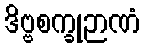
ဒိဗ္ဗစက္ခုဉာဏံ